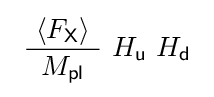
\ {\frac {\ \langle F_{\mathsf {X}}\rangle \ }{\ M_{\mathsf {pl}}\ }}\ H_{\mathsf {u}}\ H_{\mathsf {d}}\